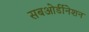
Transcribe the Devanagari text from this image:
सबओर्डीनेशन